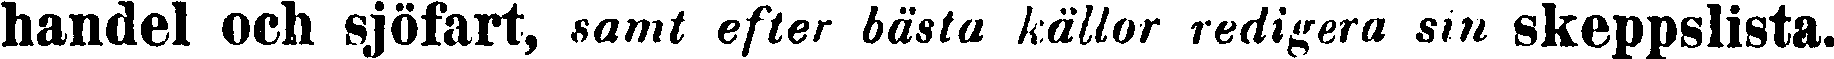
handel och Sjöfart, samt efter bästa källor redigera sin skeppslista.